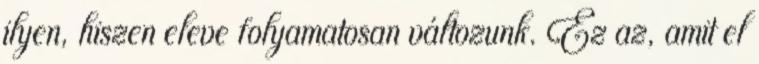
ilyen, hiszen eleve folyamatosan változunk. Ez az, amit el